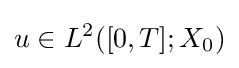
u\in L^{2}([0,T];X_{0})